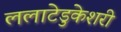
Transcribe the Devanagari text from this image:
ललाटेडुकेशरी